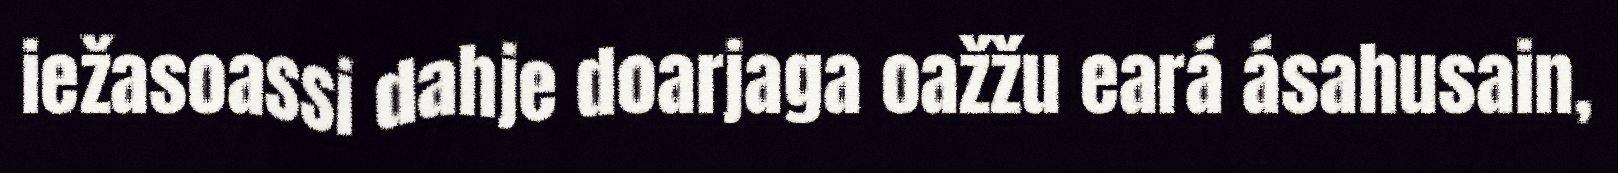
iežasoassi dahje doarjaga oažžu eará ásahusain,